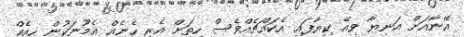
އޭނާއަށް އަނިޔާ ވިއޭ ކިޔާފައި އެކައްޗެއްވެސް ހިތަށް އެރި ހެނެއް އެމޫނަކުން ހިއެއް